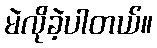
မဲလိုခဲ့ပါတယ်။